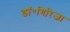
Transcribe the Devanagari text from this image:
डॉ॰गिरिजा